Bréfritari: Þórarinn Stefánsson
Dagsetning: A-1930-11-11
Skrifað á: Vesturheimi

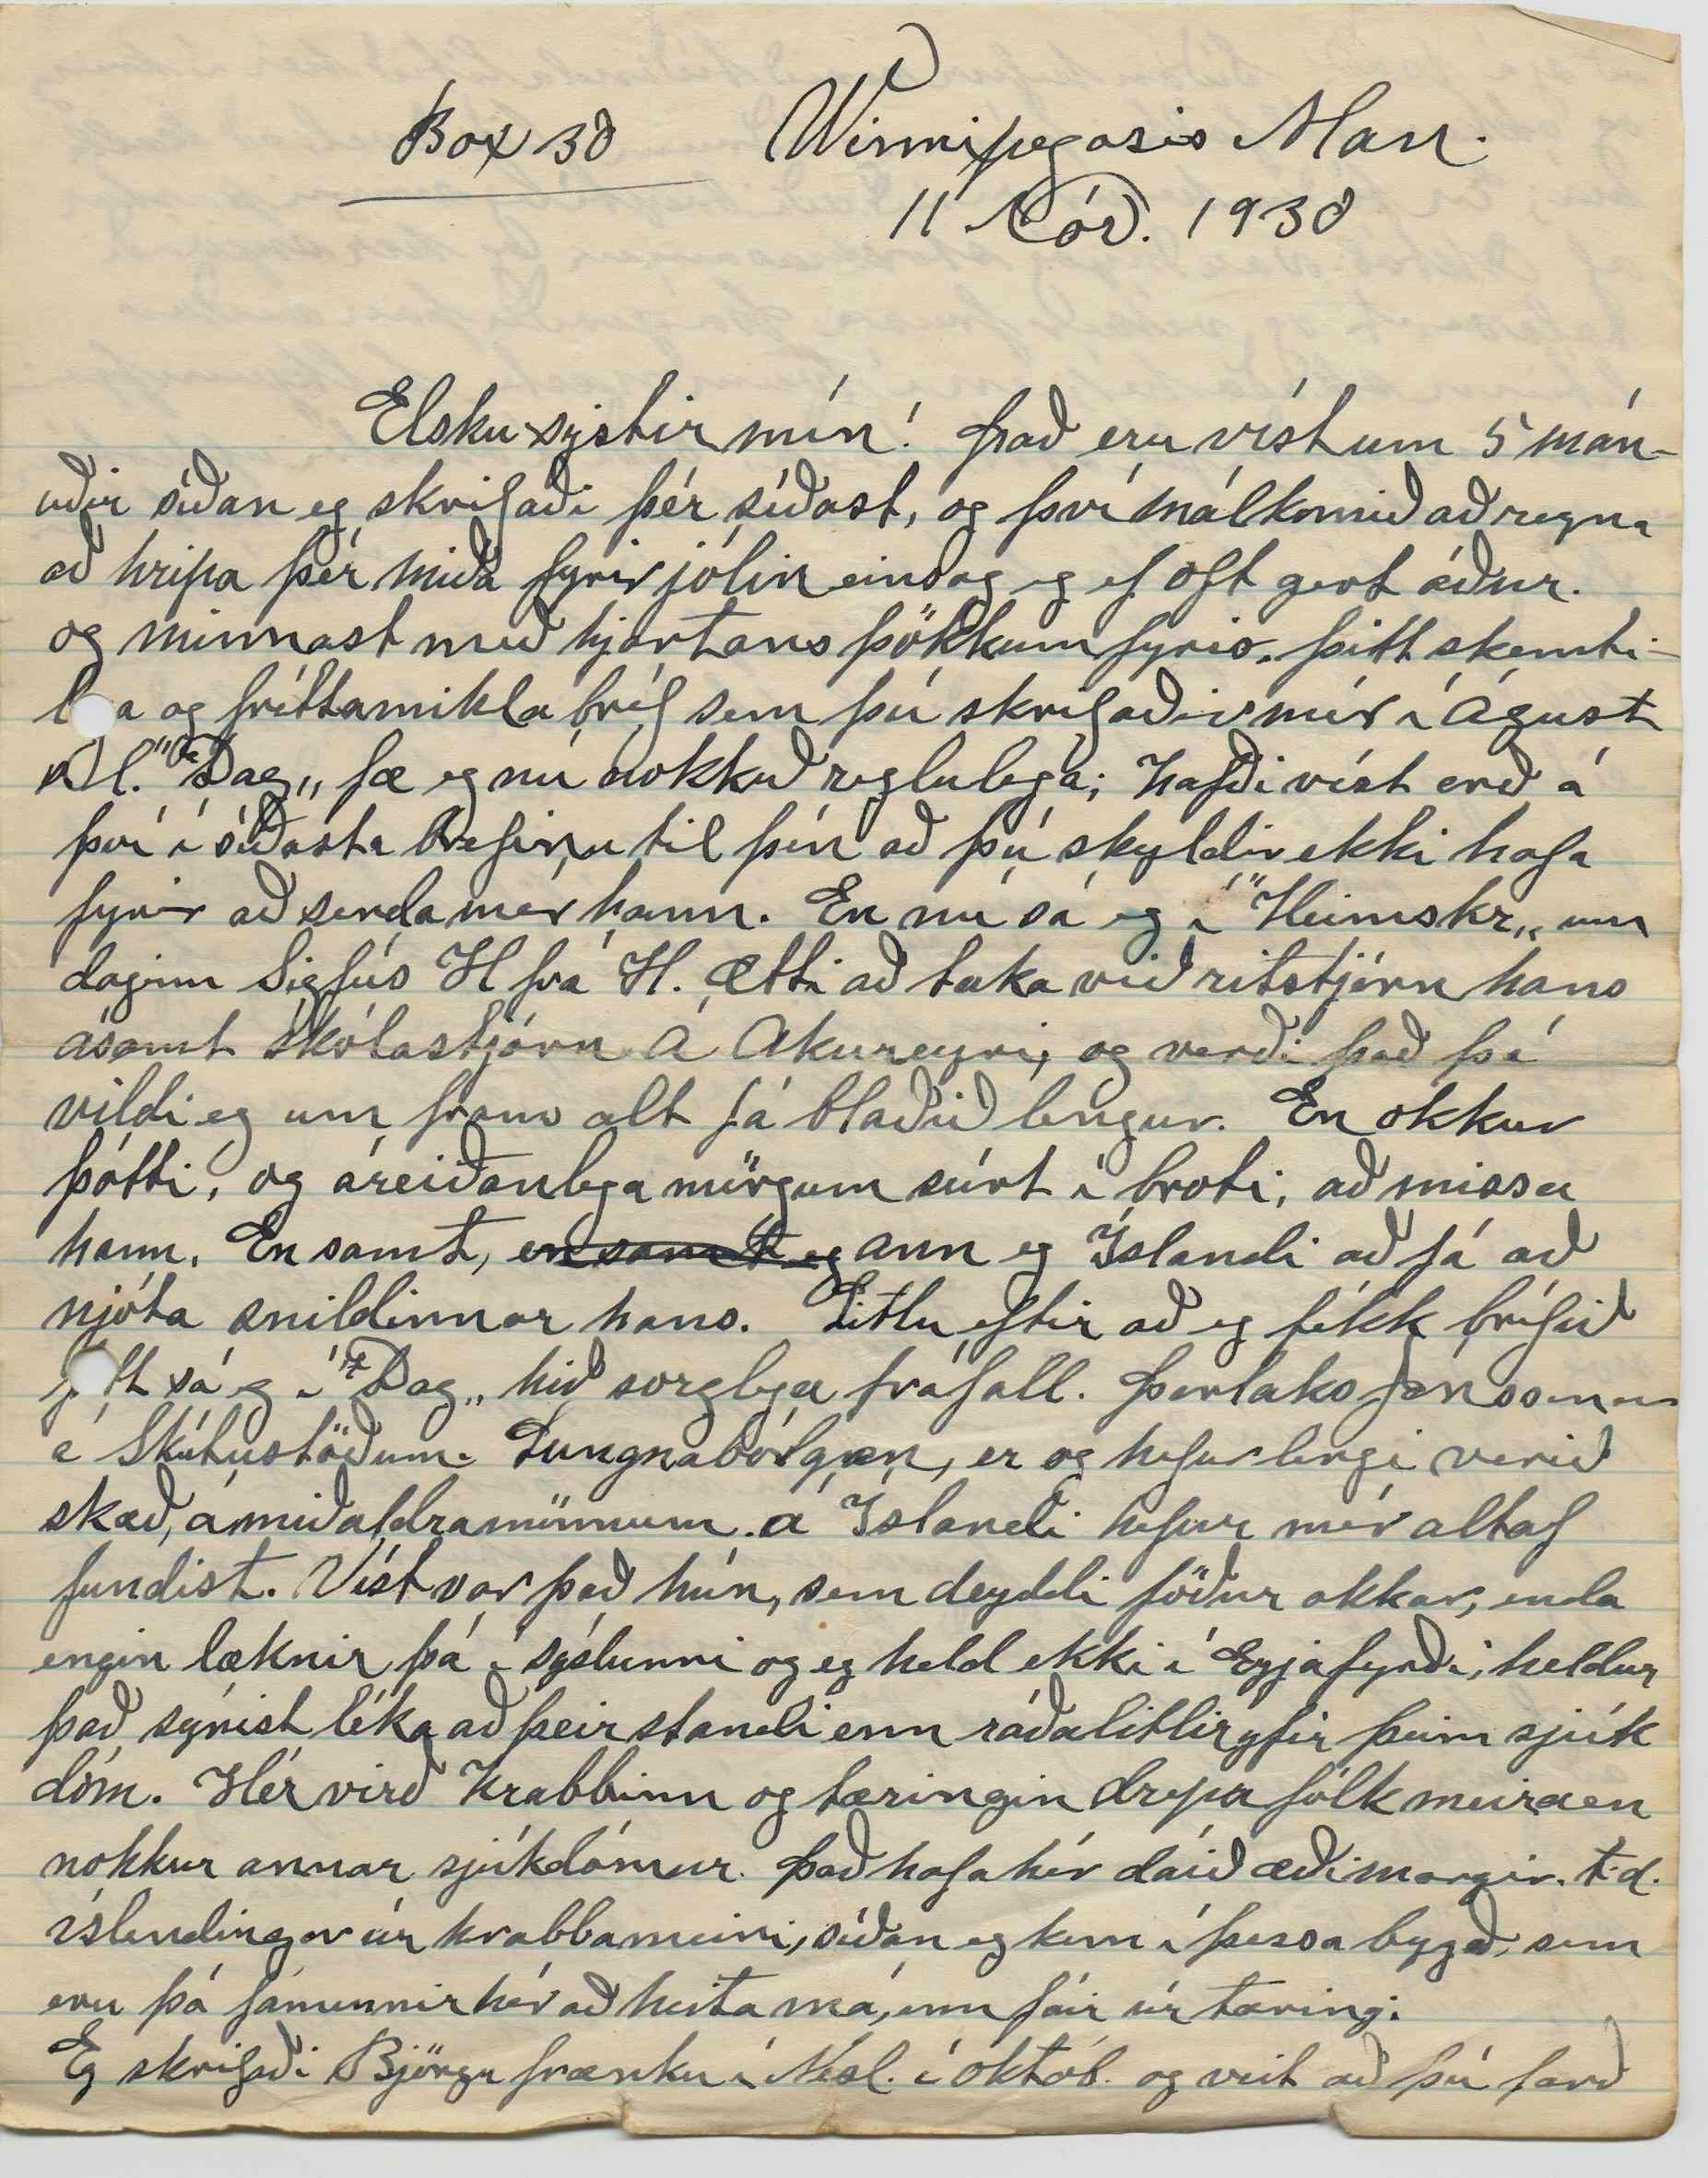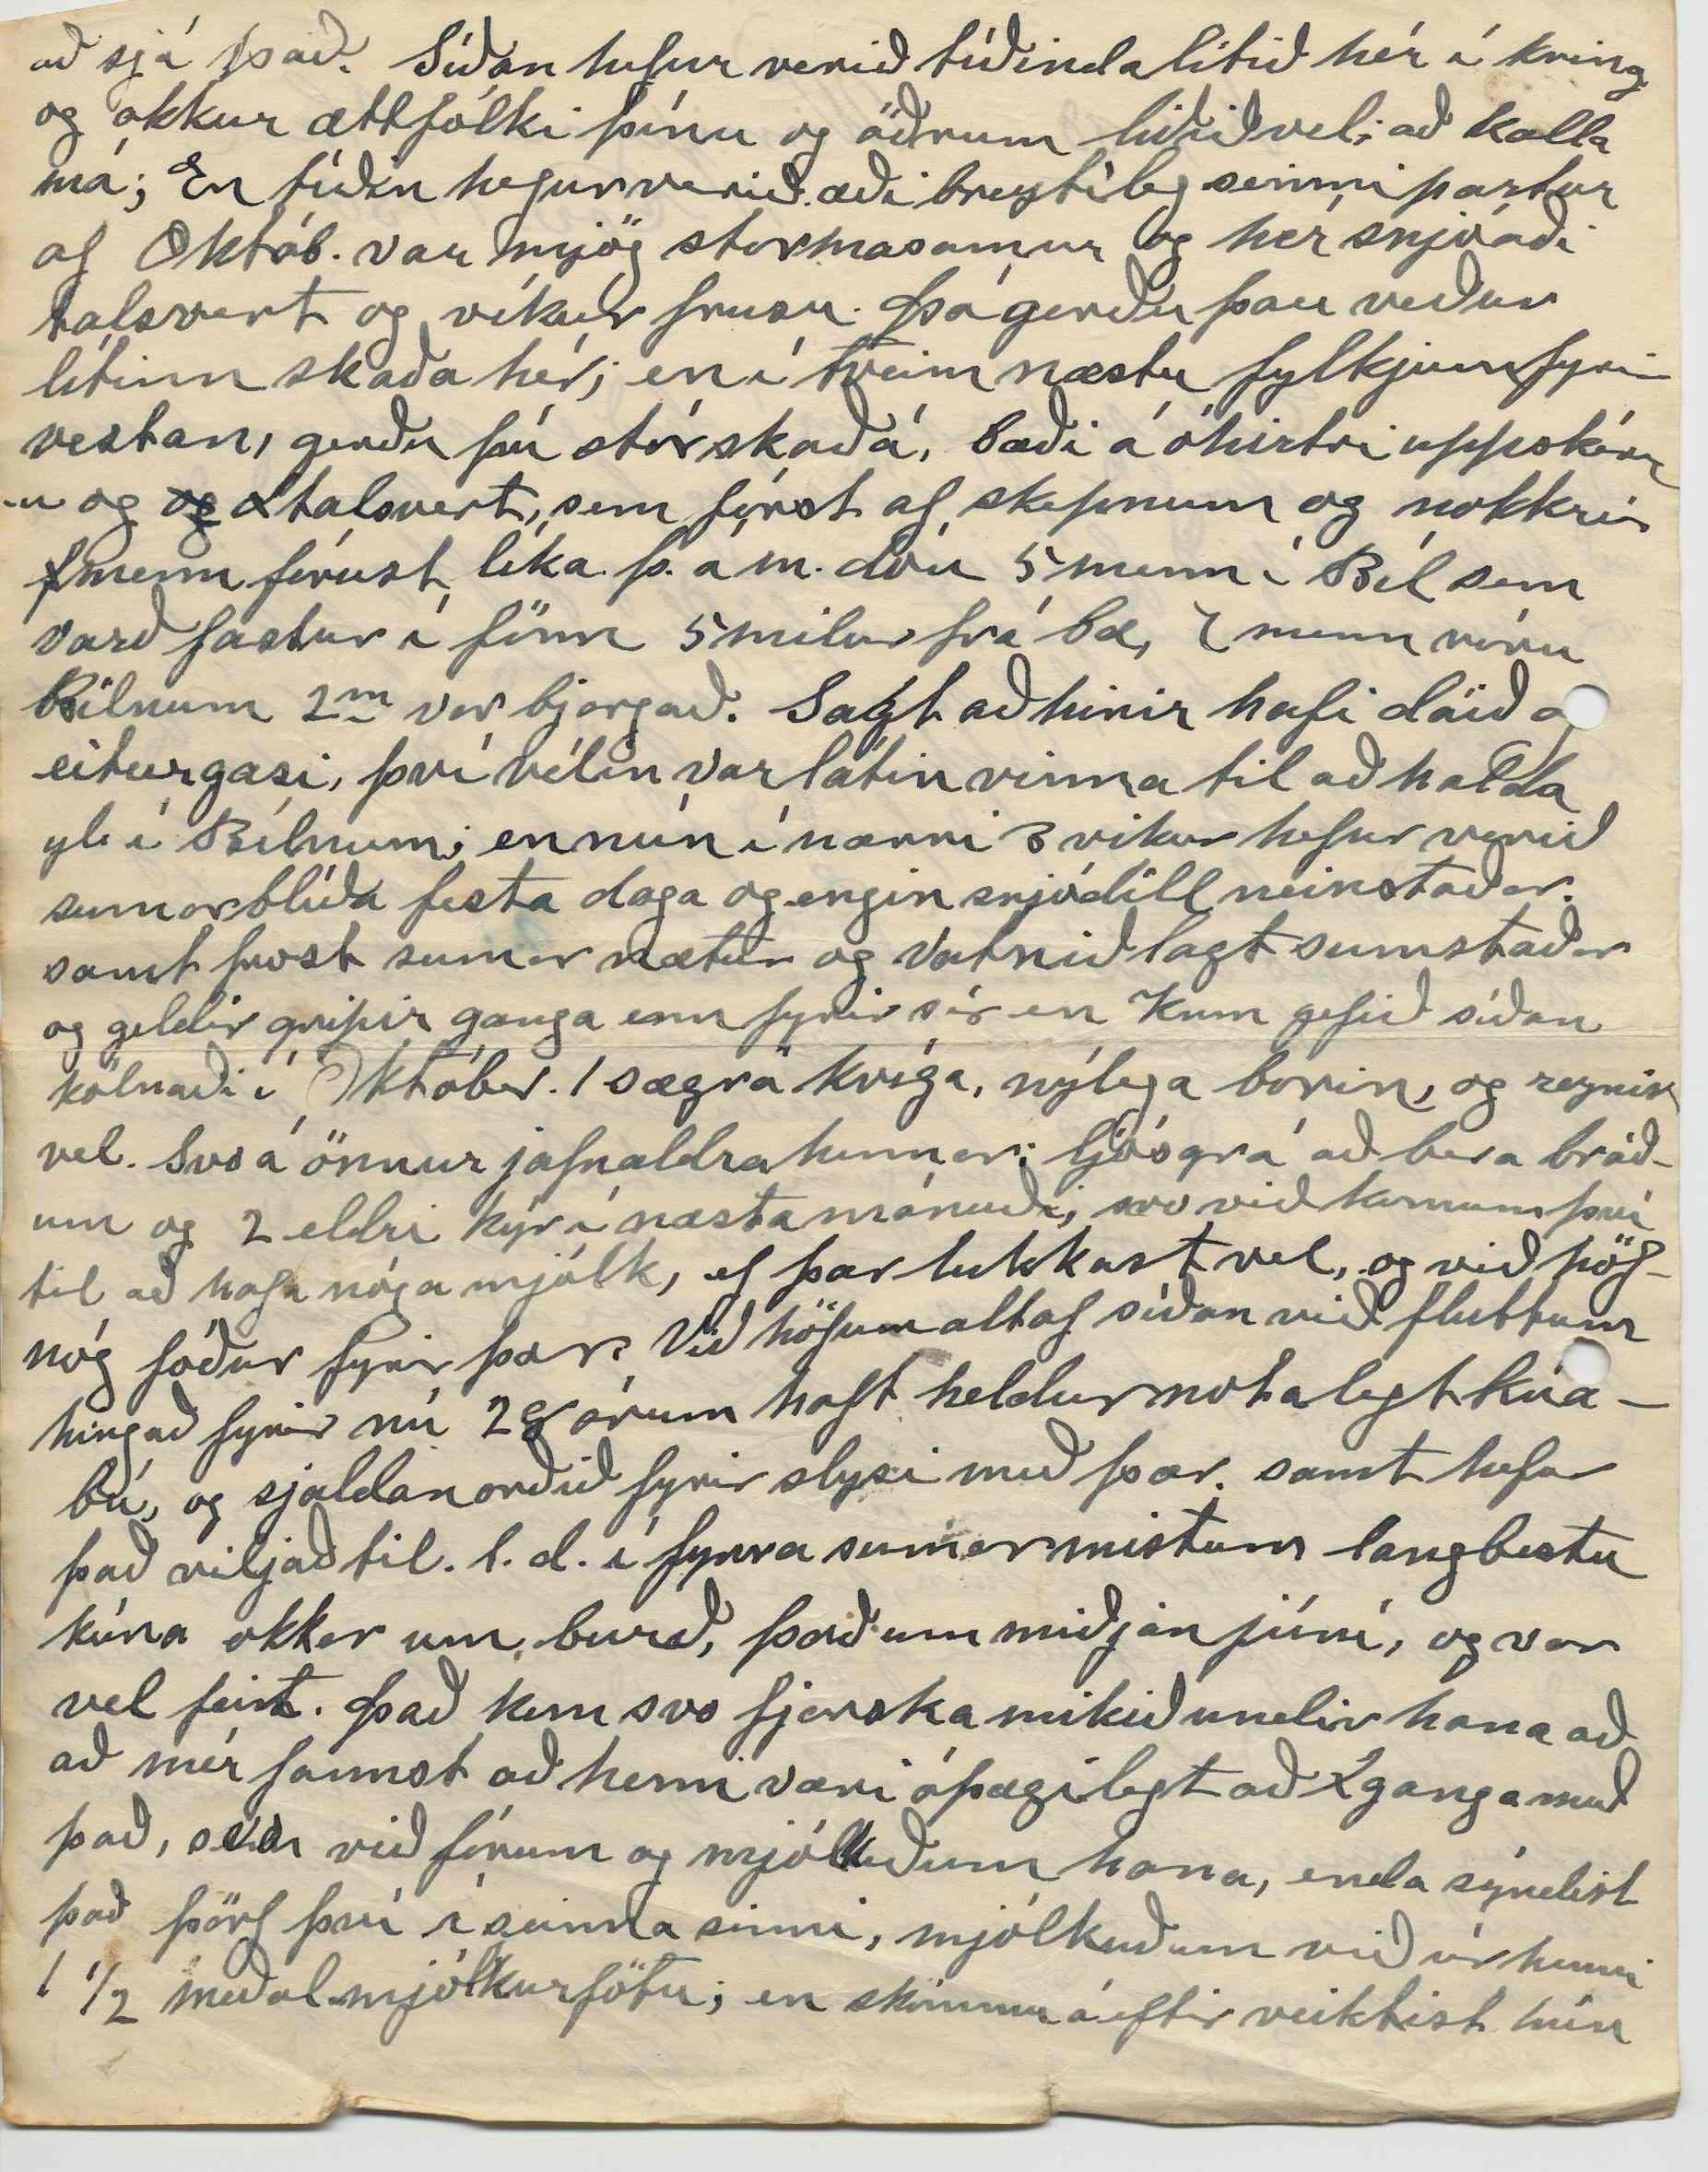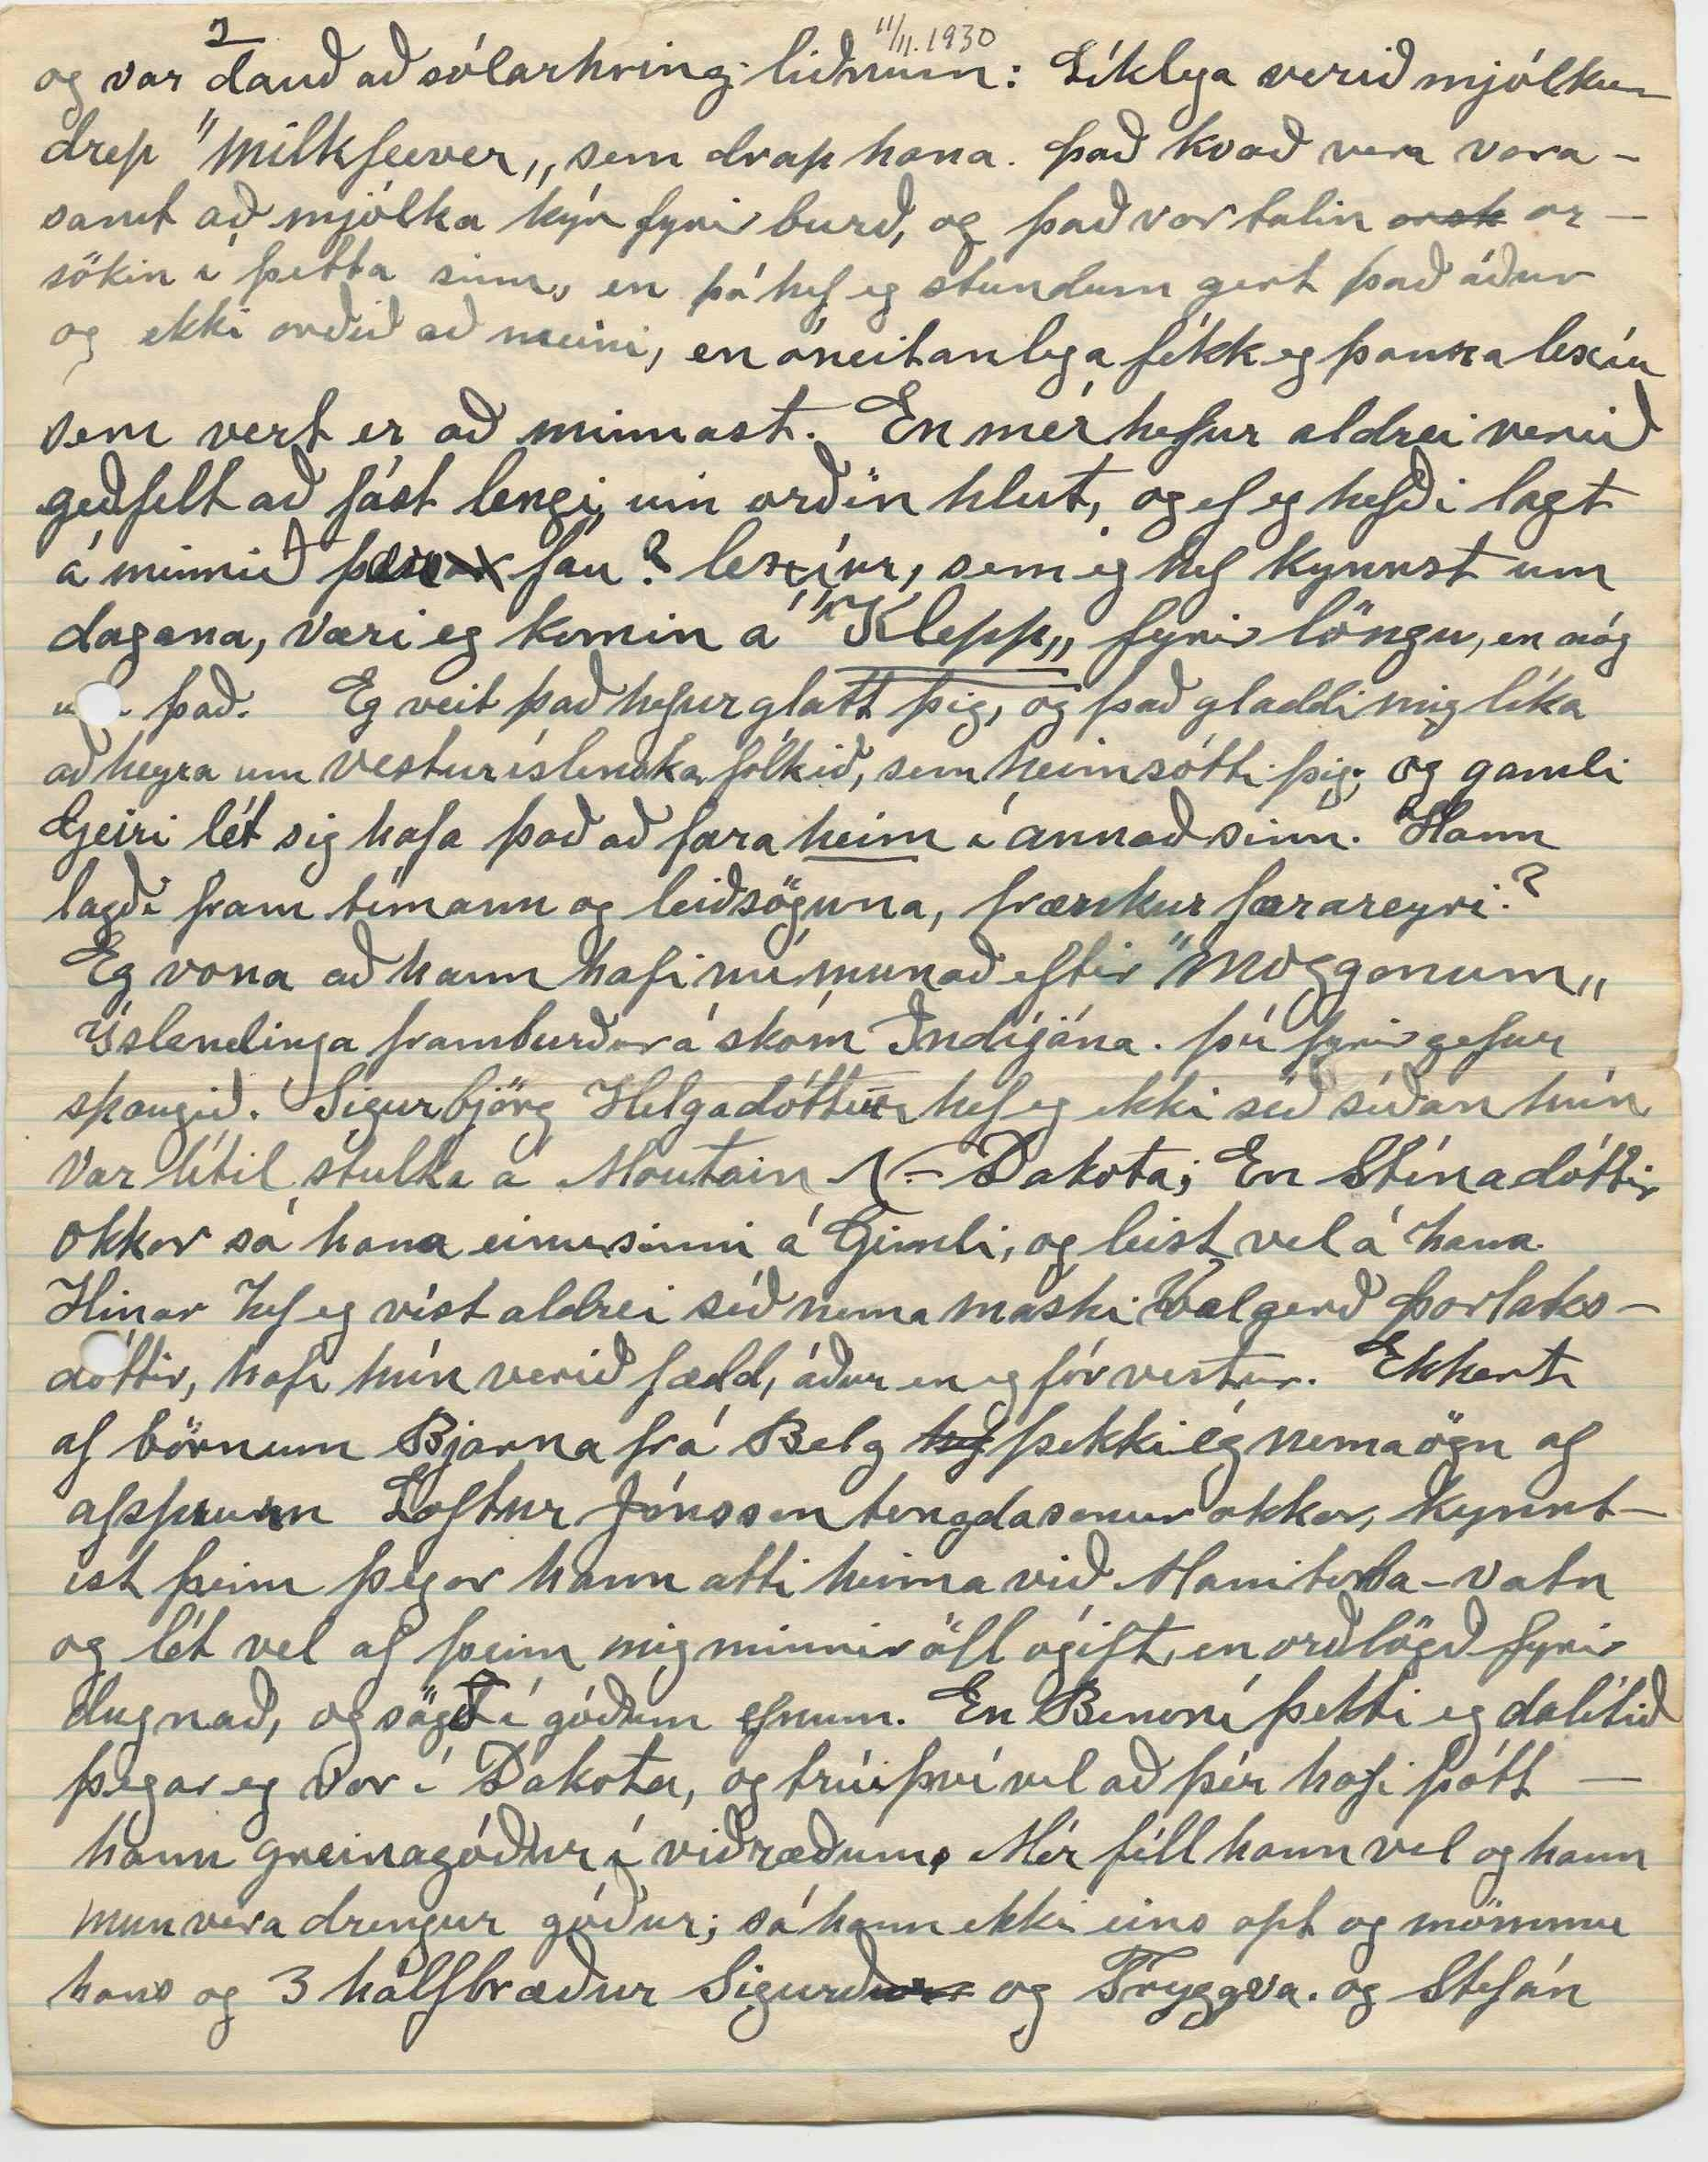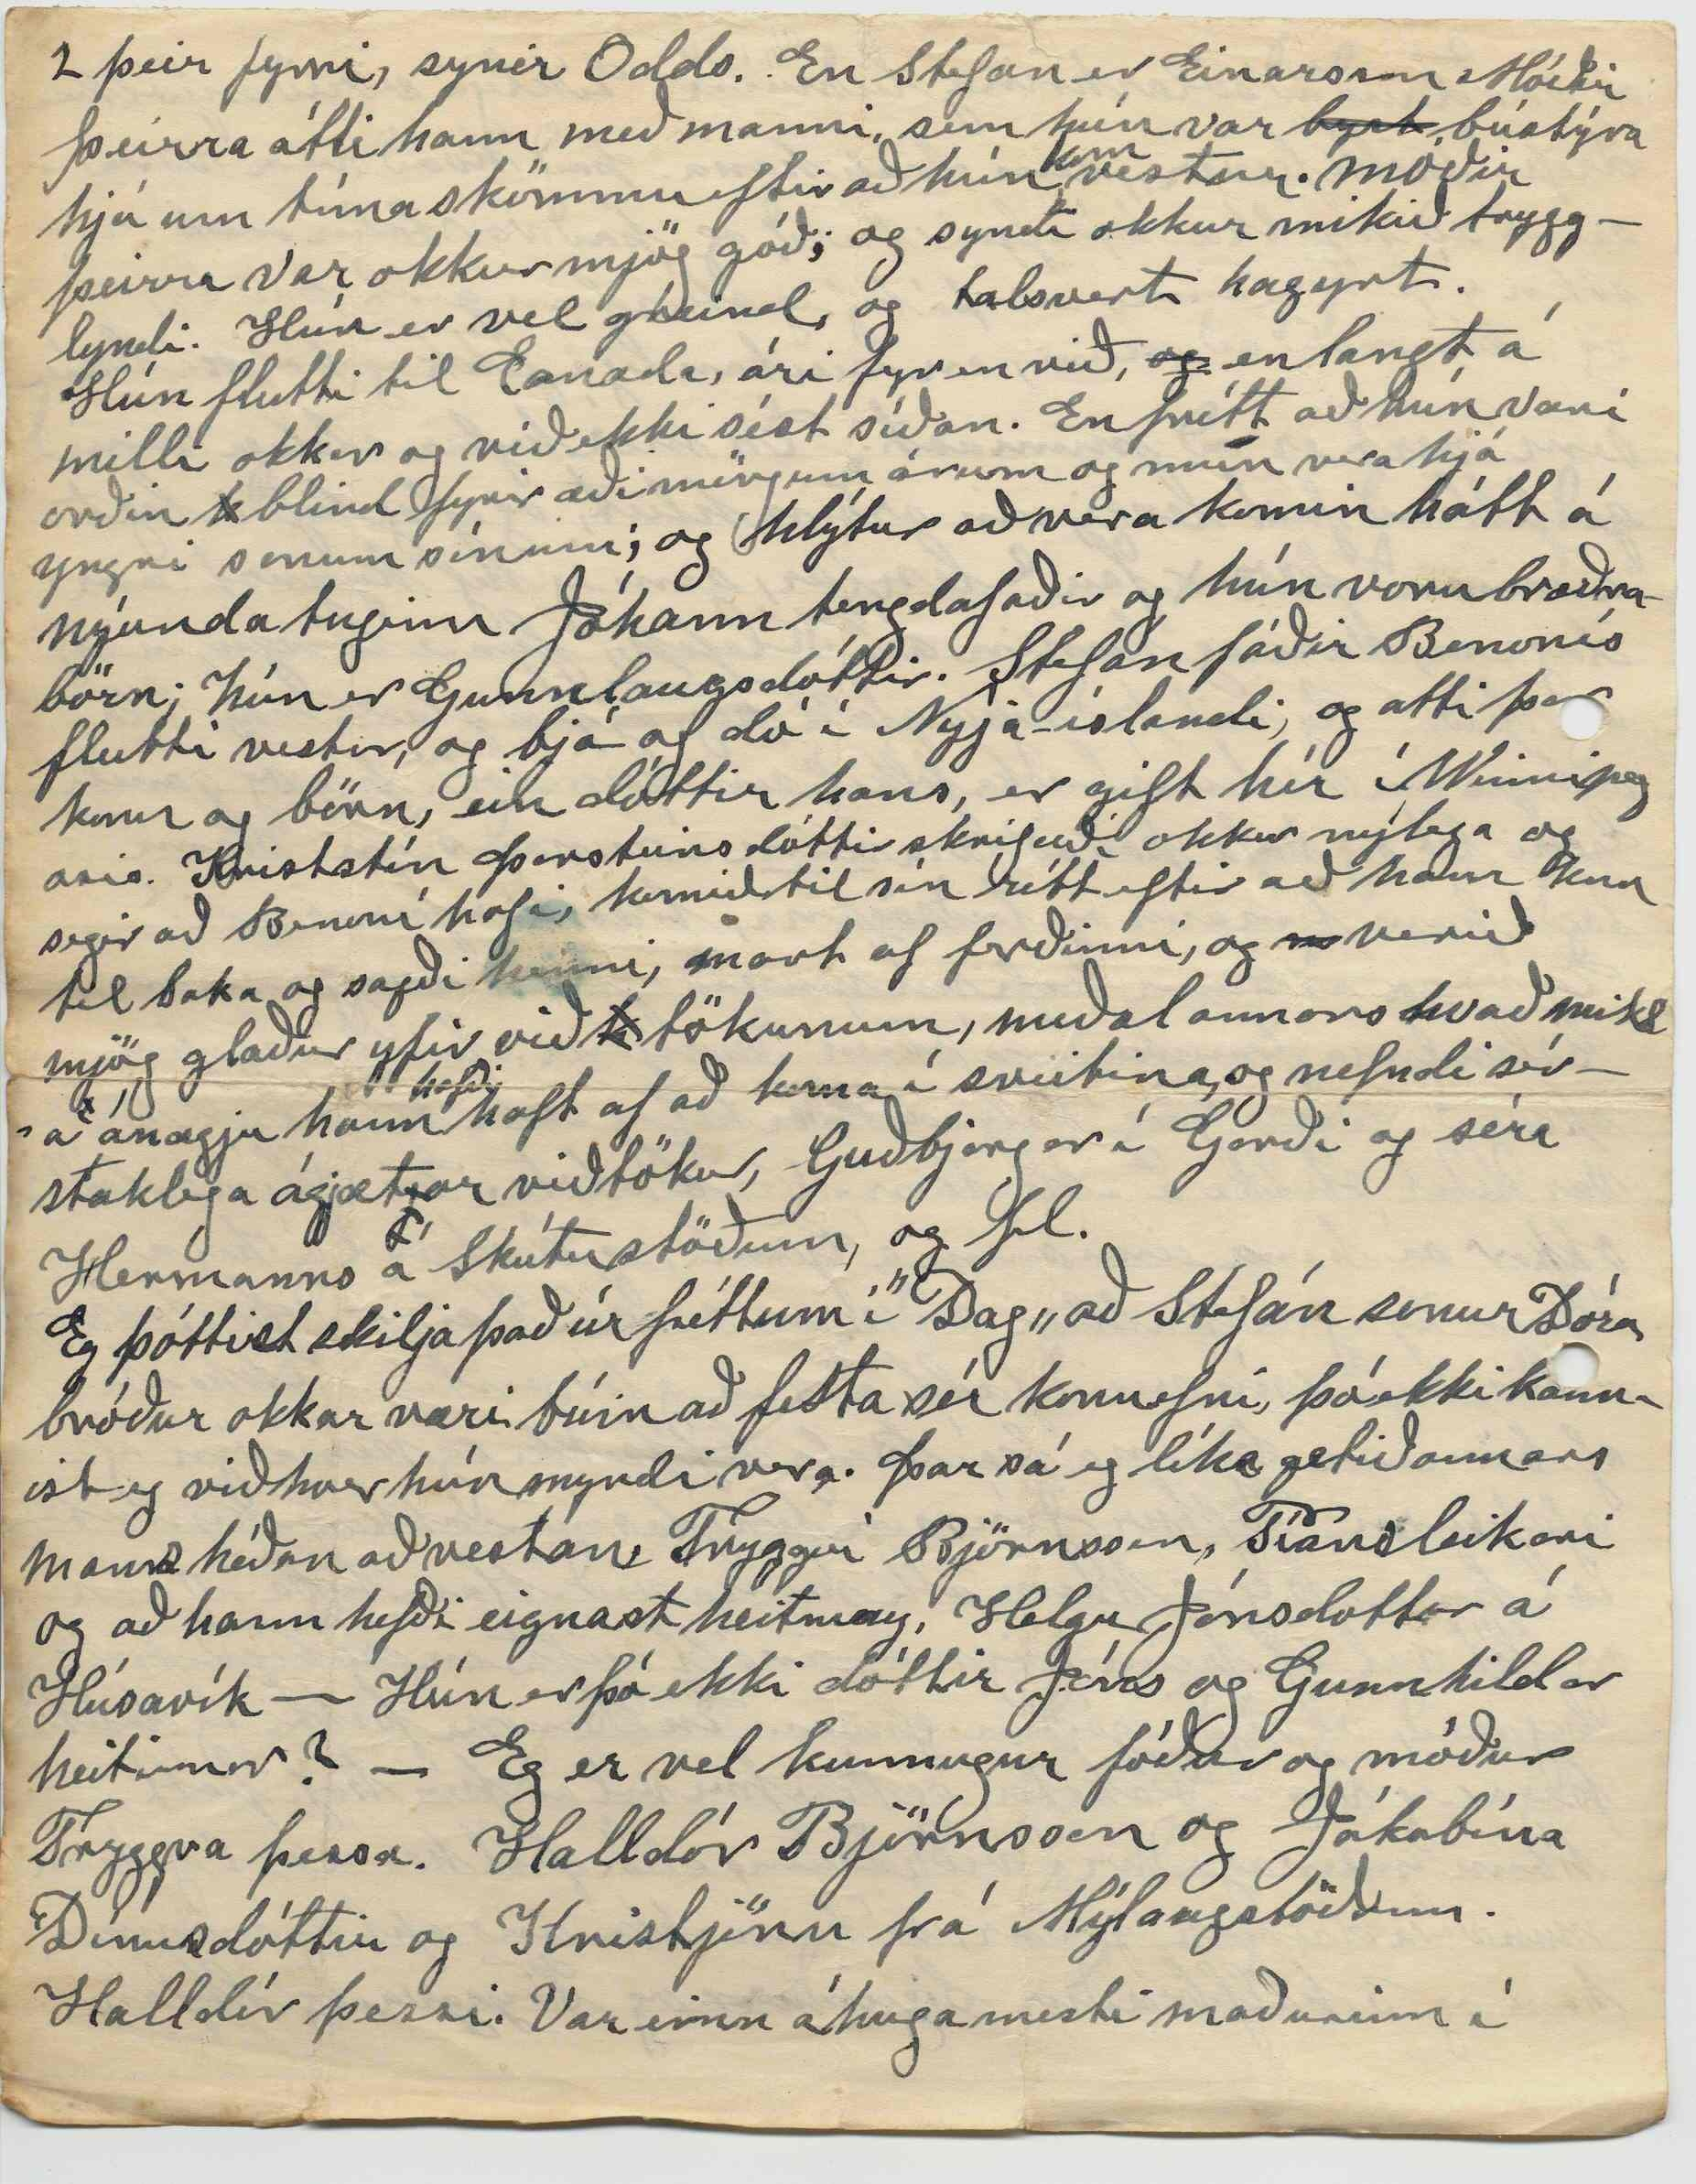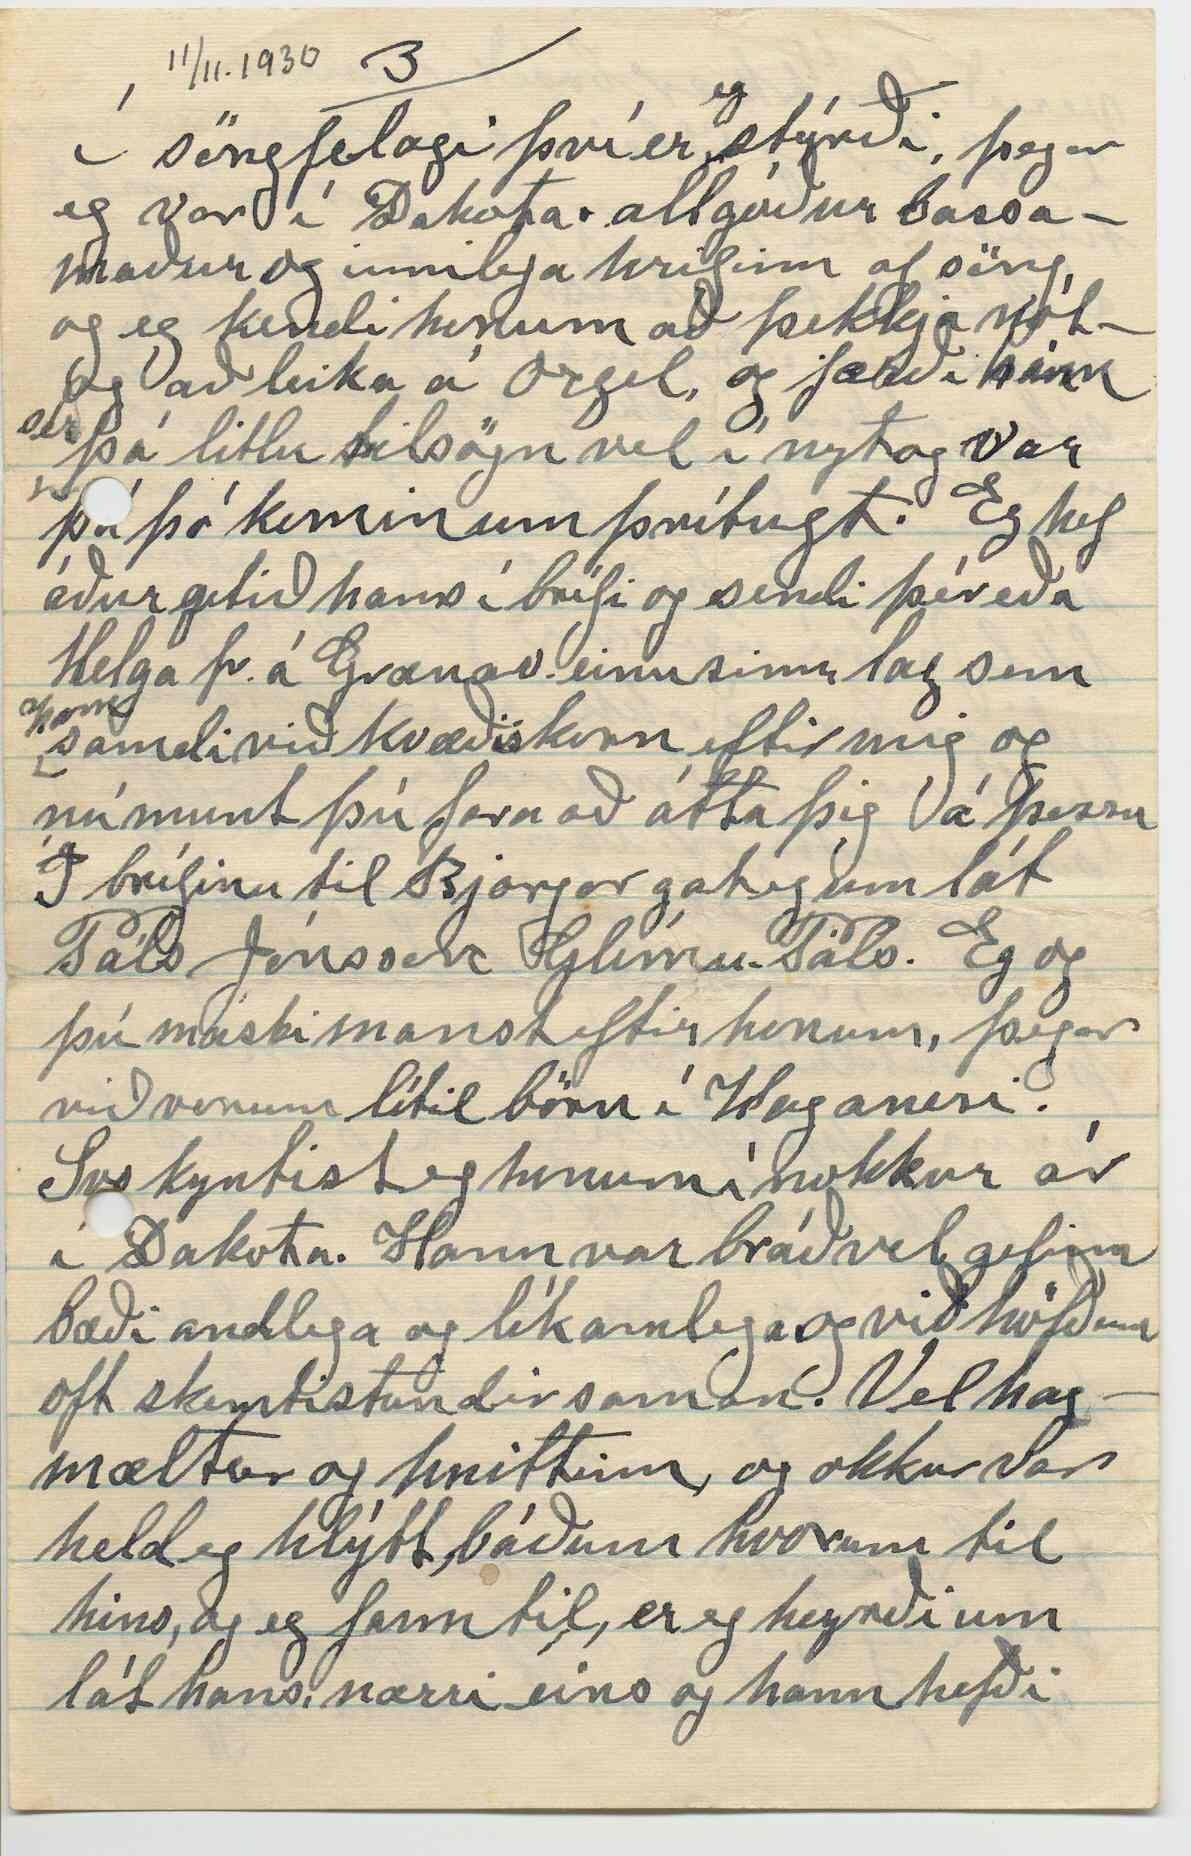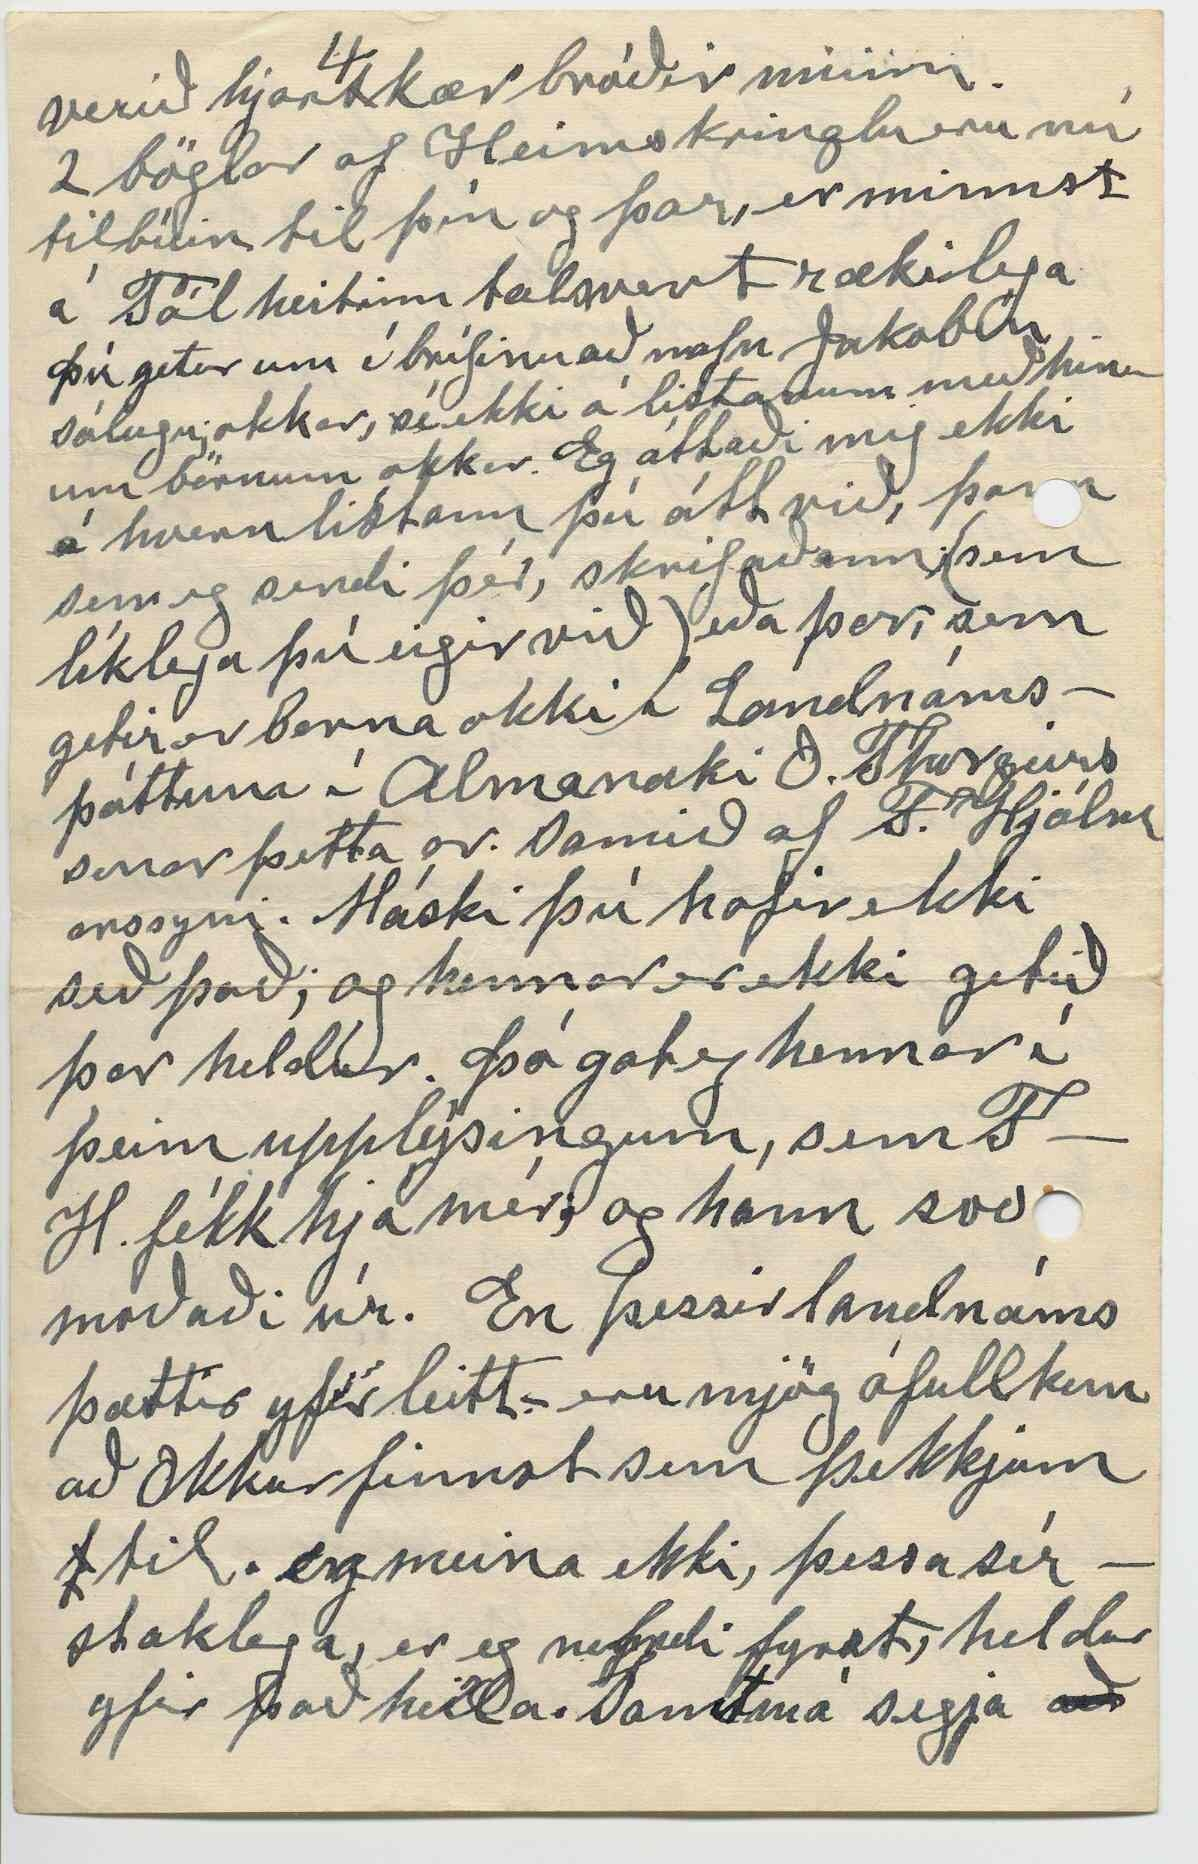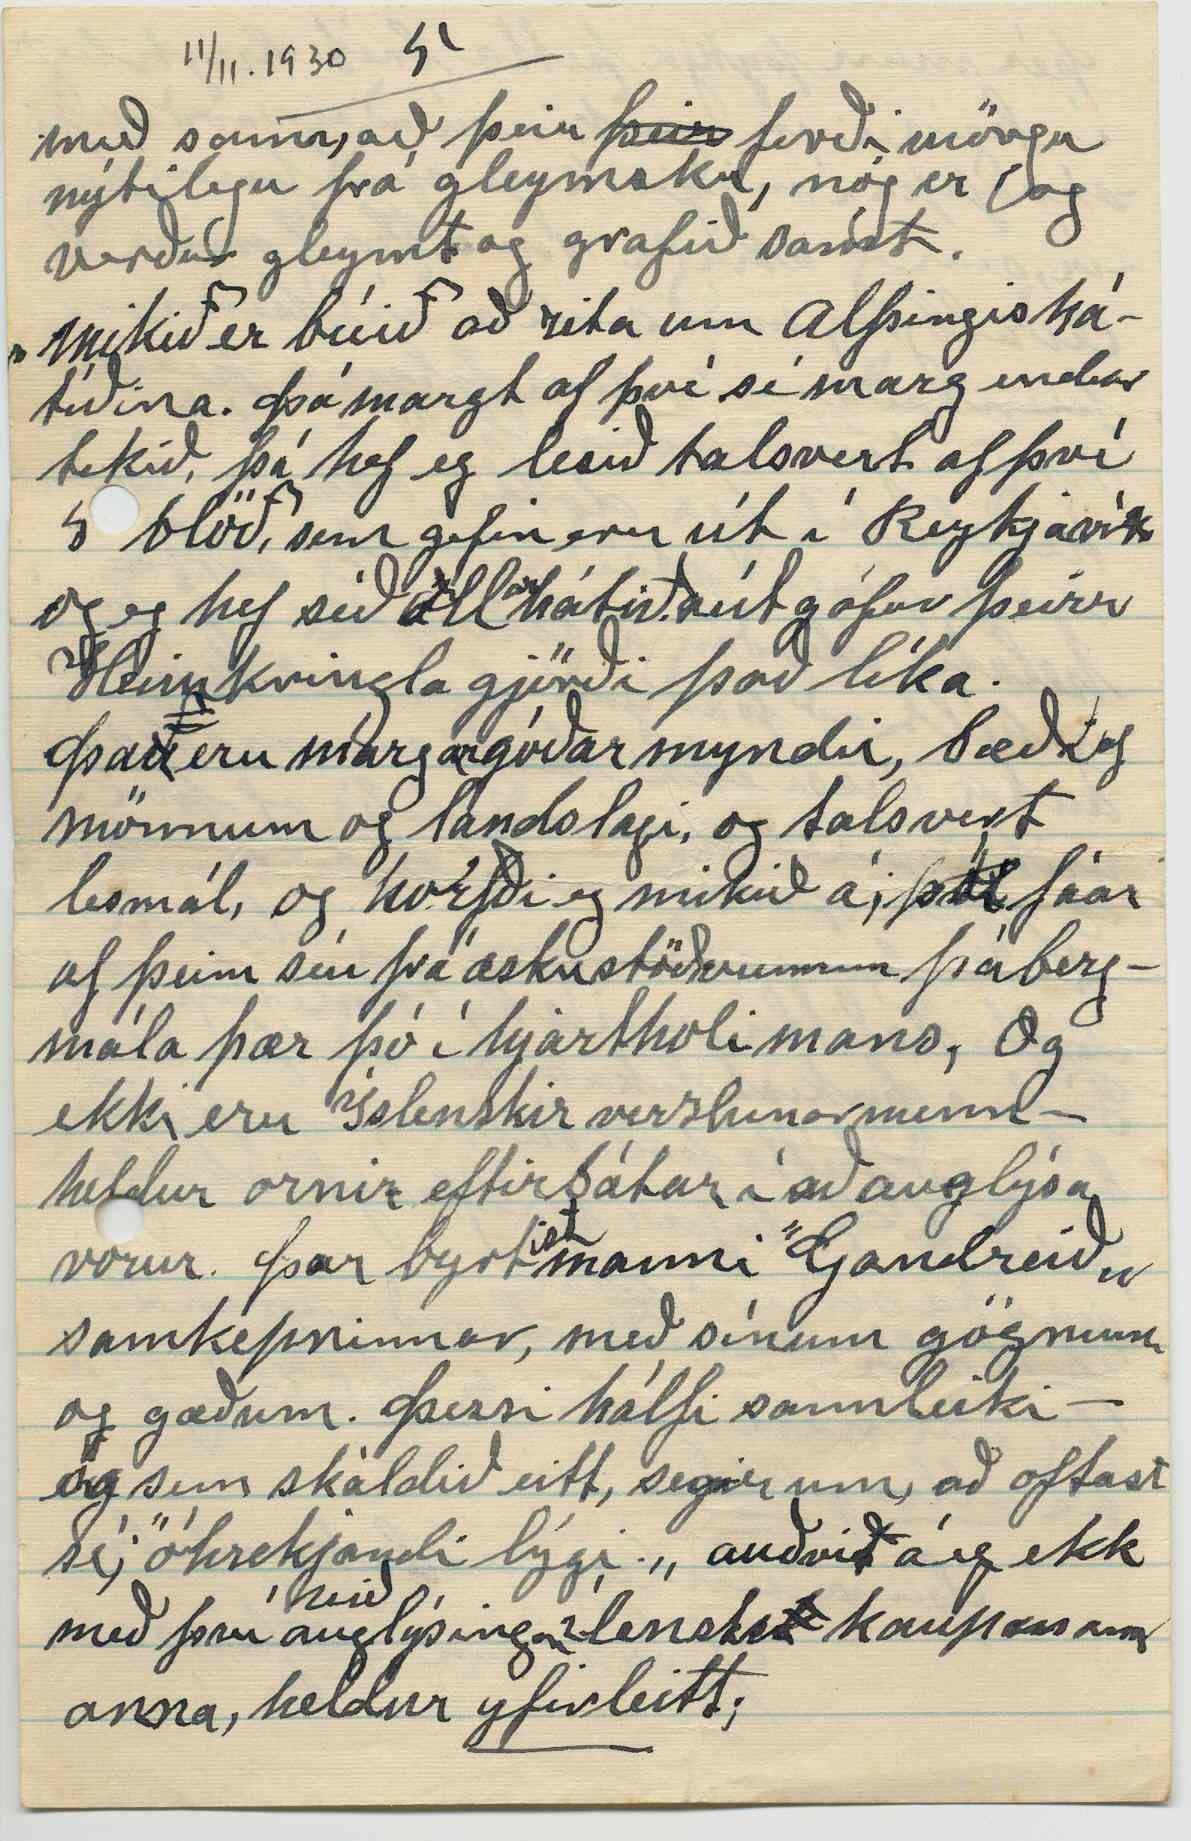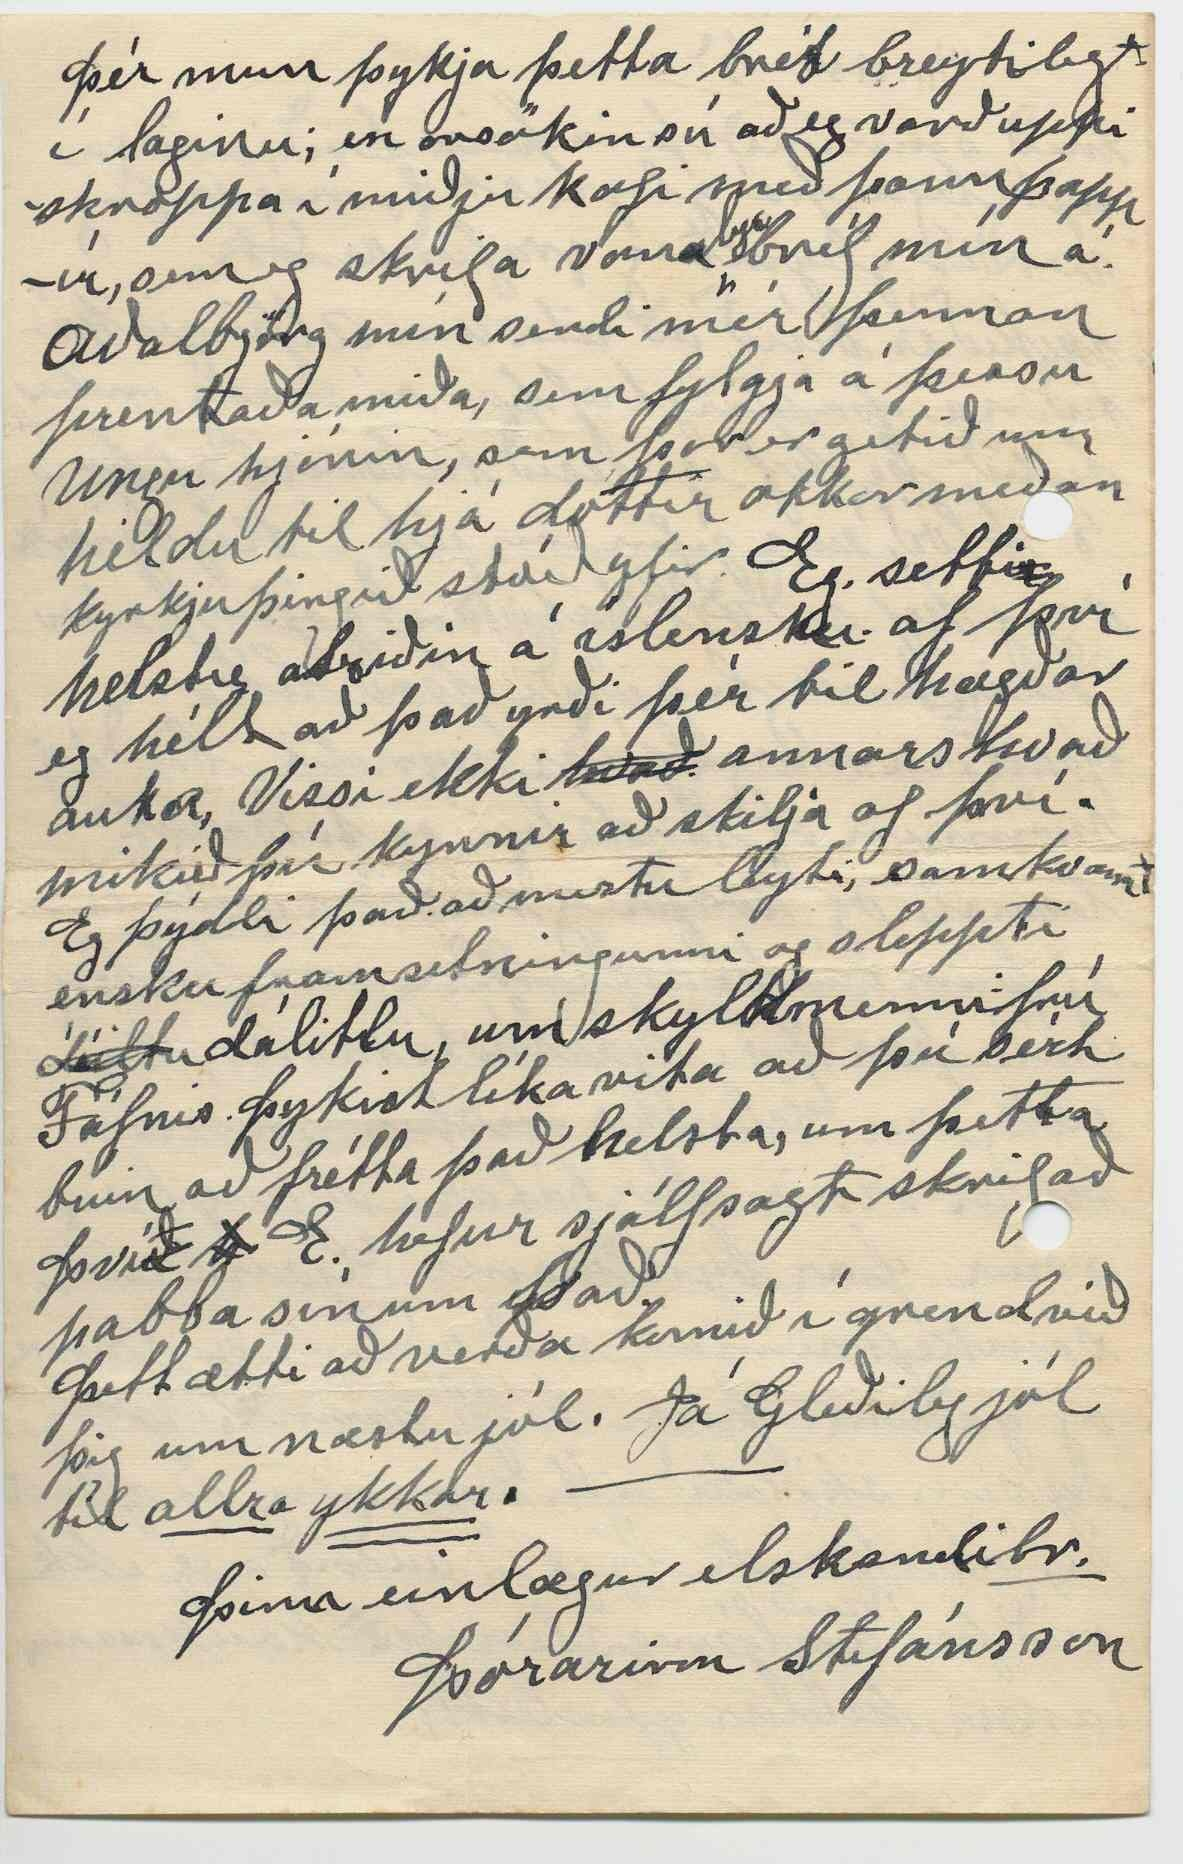

Box 30
Winnipegosis Man.
11 Nóv. 1930
Elsku systir mín! Það eru víst um 5 mánuðir síðan eg skrifaði þér síðast, og því mál komið að reyna að hripa þér miða fyrir jólin einsog eg ef oft gert áður. og minnast með hjartans þökkum fyrir þitt skemtilega og fréttamikla bréf sem þú skrifaðir mér í Águst s. l. ”Dag„ fæ eg nú nokkuð reglulega; hafði víst orð á því í síðasta brefinu til þín að þú skyldir ekki hafa fyrir að senda mér hann. En nú sá eg í ”Heimskr„ um daginn Sigfús H frá H. ætti að taka við ritstjórn hans ásamt skólastjórn á Akureyri, og verði það þá vildi eg um fram alt fá blaðið lengur. En okkur þótti, og áreiðanlega mörgum súrt í broti, að missa hann. En samt
en samt eg
ann eg Íslandi að fá að njóta snildinnar hans. Litlu eftir að eg fékk bréfið
þitt
sá eg í ”Dag„ hið sorglega fráfall. Þorlaks Jónssonar á Skútustöðum. Lungnabólgan, er og hefur lengi verið skæð, á miðaldra mönnum. á Íslandi hefur mér altaf fundist. Víst var það hún, sem deyddi föður okkar, enda engin læknir þá í sýslunni og eg held ekki í Eyjafyrði, heldur það sýnist líka að þeir standi enn ráðalitlir yfir þeim sjúkdóm. Hér virð krabbinn og tæringin drepa fólk meira en nokkur annar sjúkdómur. Það hafa hér dáið æði margir. t.d. íslendingar úr krabbameini, síðan eg kom í þessa bygð, sem eru þó fámennir hér að heita má, enn fáir úr tæring.
Eg skrifaði Björgu frænku í Nesl í októb. og veit að þú færð
að sjá það. Síðan hefur verið tíðindalítið hér í kring og okkur ættfólki þínu og öðrum liðið vel; að kalla má; En tíðin hefur verið æði breytileg seinni partur af Októb. var mjög stormasamur og hér snjóaði talsvert og víkur frusu. Þó gerðu þau veður lítinn skaða hér; en í tveim næstu fylkjum fyrir vestan, gerðu þú stórskaðá, bæði á óhirtri uppskéru og
og
talsvert, sem fórst af skepnum og nokkrir
f
menn fórust líka þ. á m. dóu 5 menn í Bíl sem varð fastur í fönn 5 milur frá bæ, 7 menn vóru Bílnum 2
m
var bjargað. Sagt að hinir hafi dáið
00
eiturgasi, því vélin var látin vinna til að halda yl í Bílnum; en nún í nærri 3 vikur hefur verið sumarblíða festa daga og engin snjódíll neinstaðar. samt frost sumar nætur og vatnið lagt sumstaðar og geldir gripir ganga enn fyrir sér en kum gefið síðan kólnaði í Október. 1 sægrá kvíga, nýlega borin, og reynist vel. Svo á önnur jafnaldra hennar; ljósgrá að bera bráðum og 2 eldri kýr í næsta mánuði, svo við komum því til að hafa nóga mjólk, ef þær lukkast vel, og við höf nóg fóður fyrir þær. Við höfum altaf síðan við fluttum hingað fyrir nú 28 árum haft heldur notalegt kúabú, og sjaldan orðið fyrir slysi með þær. samt hefur það viljað til. t.d. í fyrra sumar mistum langbestu kúna okkar um burð, það um miðjan júní, og var vel feit. Það kom svo fjarska mikið undir hana að að mér fannst að henni væri óþægilegt að ganga með það, svo við fórum og mjólkuðum hana, enda sýndist það þörf því í seinna sinni, mjólkuðum við úr henni 1 1/2 meðal mjólkurfötu; en skömmu á eftir veiktist hún
og var dauð að sólarhring liðnum: Líklega verið mjólkurdrep ”milkfewer„ sem drap hana. Það kvað vera varasamt að mjólka kýr fyrir burð, og það var talin
orsk
orsökin í þetta sinn, en þó hef eg stundum gert það áður og ekki orðið að meini, en óneitanlega fékk eg þarna lexíu sem vert er að minnast. En mér hefur aldrei verið geðfelt að fást lengi um orðin hlut, og ef eg hefði lagt á minnið
þessar
þær fáu? lexíur, sem eg hef kynnst um dagana, væri eg komin á
”Klepp„
fyrir löngu, en nóg um það.
Eg veit það hefur glatt þig, og það gladdi mig líka að heyra um vesturíslenska fólkið, sem heimsótti þig; og gamli Geiri lét sig hafa það að fara
heim
í annað sinn. Hann lagði fram tímann og leiðsöguna, frænkur farareyri? Eg vona að hann hafi nú munað eftir ”mogganum„ Íslendinga framburður á skóm Indíjána. þú fyrirgefur spaugið. Sigurbjörg Helgadóttir hef eg ekki séð síðan hún var lítil stulka á Moutain N-Dakota; En Stína dóttir okkar sá hana einusinni á Gimli, og leist vel á hana. Hinar hef eg víst aldrei séð nema máski Valgerð Þorlaksdóttir, hafi hún verið fædd, áður en eg fór vestur. Ekkert af börnum Bjarna frá Belg
hef
þekki ég nema ögn af afspurn Loftur Jónsson tengdasonur okkar, kynntist þeim þegar hann atti heima við Manitoba-vatn og lét vel af þeim mig minnir öll ógift, en orðlögð fyrir dugnað, og sögð í góðum efnum. En Benoní þekti eg dalítið þegar eg var í Dakota, og trúi því vel að þér hafi þótt hann greinagóður í viðræðum. Mér féll hann vel og hann mun vera drengur góður; sá hann ekki eins opt og mömmu hans og 3 hálfbræður Sigurð
ur
og Tryggva. og Stefán
þeir fyrri, synir Odds. En Stefan er Einarsson Móðir þeirra átti hann með manni, sem hún var
byst
bústýra hjá um tíma skömmu eftir að hún
kom
vestur. móðir þeirra var okkur mjög góð; og syndi okkur mikið trygglyndi. Hún er vel greind, og talsvert hagyrt. Hún flutti til Canada, ári fyr en við,
og
en langt á milli okkar og við ekki sést síðan. En frétt að hún væri orðin
k
blind fyrir æði mörgum árum og mun vera hjá yngri sonum sínum; og hlýtur að vera komin hátt á nýunda tuginn Jóhann tengdafaðir og hún voru bræðrabörn; hún er Gunnlaugsdóttir. Stefán fáðir Benonís flutti vestur, og bjó og dó í Nýja-íslandi, og atti þar konu og börn, ein dóttir hans, er gift hér í Winnipegosis. Kriststín Þorsteinsdóttir skrifaði okkur nýlega og segir að Benoní hafi, komið til sín rétt eftir að hann kom til baka og sagði henni, mart af ferðinni, og verið mjög glaður yfir við
k
tökunum, meðal annars hvað mikla ánægju hann
hafði
haft af að koma í sveitina, og nefndi sérstaklega ágjæt
j
ar viðtökur, Guðbjargar í Garði og séra Hermanns á Skútustöðum, og fl.
Eg þóttist skilja það úr fréttum í ”Dag„ að Stefán sonur Dóra bróður okkar væri búin að festa sér konuefni, þó ekki kannist eg við hver hún myndi vera. Þar sá eg líka getið annars mans héðan að vestan, Tryggvi Björnsson, Píanoleikari og að hann hefði eignast heitmey, Helgu Jónsdottur á Húsavík - Hún er þó ekki dóttir Jóns og Gunnhildar heitinnar? - Eg er vel kunnugur fóður og móður Tryggva þessa. Halldór Björnsson og Jákobína Dínusdóttir og Kristjönu frá Mýlaugstöðum. Halldór þessi. Var einn áhugamesti maðurinn í
í söngfelagi því er
eg
stýrði, þegar eg var í Dakota. allgóður bassamaður og innilega hrifinn af söng, og eg kendi honum að þekkja nót og að leika á orgel, og færði hann sér þá litlu tilsögn vel í nyt og var þá þó komin um þrítugt. Eg hef áður getið hans í bréfi og sendi þér eða Helga fr. á Grænav. einu sinni lag sem
hann
samdi við kvæðiskorn eftir mig og nú munt þú fara að átta þig á þessu Í bréfinu til Bjargar gat eg um lát Páls Jónsson Glímu-Páls. Eg og þú máski manst eftir honum, þegar við vorum lítil börn í Haganesi. Svo kyntist eg honum í nokkur ár í Dakota. Hann var bráðvel gefinn bæði andlega og líkamlega og við höfðum oft skemtistundir saman. Vel hagmæltur og hnittinn, og okkur var held eg hlýtt, báðum hvorum til hins, og eg fann til, er eg heyrði um lát hans, nærri eins og hann hefði
verið hjartkær bróðir minn. 2 böglar af Heimskringlu eru nú tilbúin til þín og þar, er minnst á Pál heitinn talsvert rækilega Þú getur um í bréfinu að nafn Jakobín sálugu; okkar, sé ekki á listanum með hinum börnum okkar. Eg áttaði mig ekki á hvorn listann þú átt við, þann sem eg sendi þér, skrifaðann; (sem líklega þú eigir við) eða þar, sem getir er barna okki í Landnámsþáttum í Almanaki O. Thorgeirssonar þetta er samið af F. Hjálmarssyni. Máski þú hafir ekki seð það; og hennar er ekki getið þar heldur. Þó gat eg hennar í þeim upplýsingum, sem F H. fékk hjá mér; og hann svo moðaði úr. En þessir landnámsþættir yfirleitt - eru mjög ófullkom að okkur finnst sem þekkjum til. eg meina ekki, þessa sérstaklega, er eg nefndi fyrst, heldur yfir það heila. Samt má segja
að
með sann, að þeir
þeir
forði mörgu nýtilegu frá gleymsku, nóg er (og verður gleymt og grafið samt.
mikið er búið að rita um Alþingishátíðina. Þó margt af því sé marg endurtekið, þá hef eg lesið talsvert af því
5
blöð, sem gefin eru út í Reykjavík og eg hef séð all
ar
hátiðaútgáfur þeirr Heimkringla gjörði það líka. Þa
ð
r eru margar góðar myndi, bæði af mönnum og landslagi, og talsvert lesmál, og horfði eg mikið á;
þ00
fáar af þeim séu frá æskustöðvunum þá bergmála þær þó í hjartholi mans, Og ekki eru Íslenskir verzlunarmenn heldur ornir eftirbátar í að auglýsa vorur. Þar byrt
ist
manni ”Gandreið„ samkepninnar, með sínum gögnum og gæðum. Þessi hálfi sannleiki og sem skáldið eitt, segir um, að oftast sé; ”óhrekjandi lýgi.„ auðvit á eg ekk með því
við
auglýsingar ílenskra kaupmannanna, heldur
yfirleitt;
Þér mun þykja þetta bréf breytilegt í laginu; en orsökin sú að eg varð uppiskroppa í miðju kafi með þann pappír, sem eg skrifa vana
lega
bréf mín á. Aðalbjörg mín sendi mér þennan prentaða miða, sem fylgja á þessu Ungu hjónin, sem
þar
er getið um héldu til hjá dóttir okkar meðan kyrkjuþingið stóð yfir. Eg setti helstu atriðin á íslensku. af því eg hélt að það yrði þér til hægðarauka, Vissi ekki
hvað
annars hvað mikið þú kynnir að skilja af því. Eg þýddi það að mestu leyti, samkvæmt ensku framsetningunni og sleppti
dáiltu
dálitlu, um skyldmenni frú Fáfnis. Þykist líka vita að þú sért búin að frétta það helsta, um þetta því
ð h
E. hefur sjálfsagt skrifað pabba sínum það.
Þett ætti að verða komið í grend við þig um næstu jól. Já Gleðileg jól til
allra ykkar
Þinn einlægur elskandi
br.
Þórarinn Stefánsson